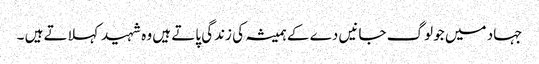
جہاد میں جو لوگ جانیں دے کے ہمیشہ کی زندگی پاتے ہیں وہ شہید کہلاتے ہیں ۔